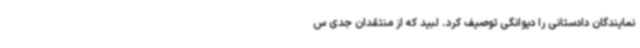
نمایندگان دادستانی را دیوانگی توصیف کرد. لبید که از منتقدان جدی س